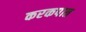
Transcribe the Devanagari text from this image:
करकपात